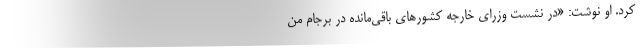
کرد. او نوشت: «در نشست وزرای خارجه کشورهای باقی‌مانده در برجام من